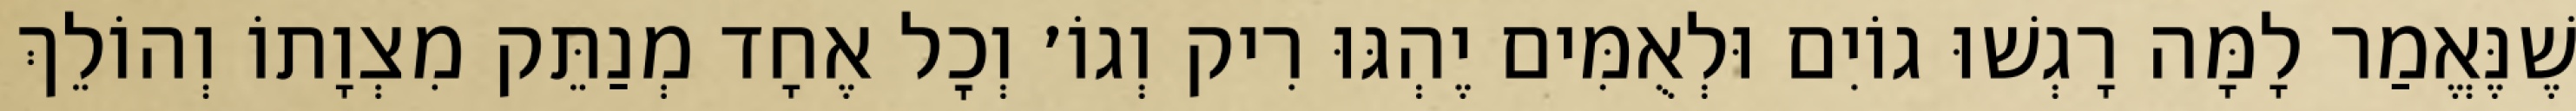
שֶׁנֶּאֱמַר לָמָּה רָגְשׁוּ גוֹיִם וּלְאֻמִּים יֶהְגּוּ רִיק וְגוֹ׳ וְכׇל אֶחָד מְנַתֵּק מִצְוָתוֹ וְהוֹלֵךְ